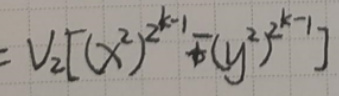
\[
=V_2\left[\left(x^{2}\right)^{2^{k - 1}}\mp\left(y^{2}\right)^{2^{k - 1}}\right]
\]